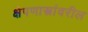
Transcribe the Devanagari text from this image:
क्षेपणास्त्रांवरील